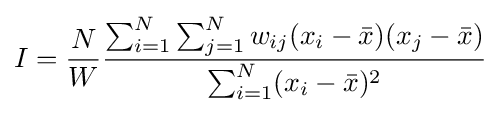
I={\frac {N}{W}}{\frac {\sum _{i=1}^{N}\sum _{j=1}^{N}w_{ij}(x_{i}-{\bar {x}})(x_{j}-{\bar {x}})}{\sum _{i=1}^{N}(x_{i}-{\bar {x}})^{2}}}